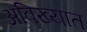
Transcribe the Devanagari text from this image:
अविख्यात